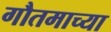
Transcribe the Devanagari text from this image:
गौतमाच्या